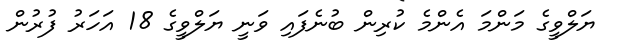
ޔަލްވީގެ މަންމަ އެންމެ ކުރިން ބުނެފައި ވަނީ ޔަލްވީގެ 18 އަހަރު ފުރުން